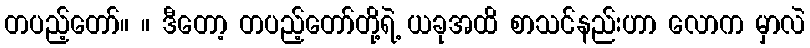
တပည့်တော်။ ။ ဒီတော့ တပည့်တော်တို့ရဲ့ ယခုအထိ စာသင်နည်းဟာ လောက မှာလဲ